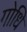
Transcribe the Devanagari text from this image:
गोधि